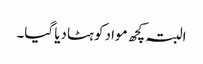
البتہ کچھ مواد کو ہٹادیا گیا۔